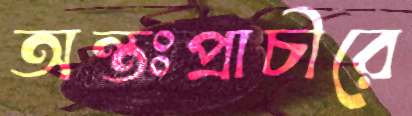
অন্তঃপ্রাচীরে